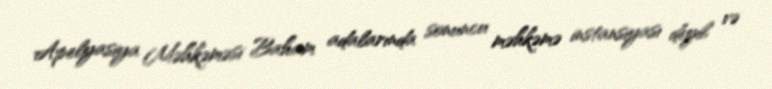
Apelyasiya Məhkəməsi Baham adalarında sonuncu məhkəmə instansiyası deyil və